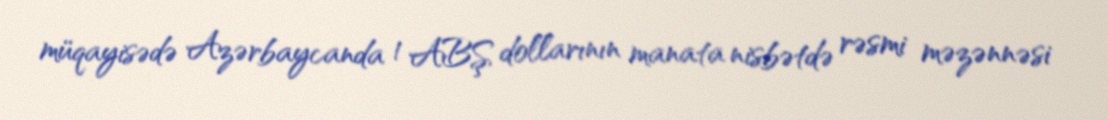
müqayisədə Azərbaycanda 1 ABŞ dollarının manata nisbətdə rəsmi məzənnəsi